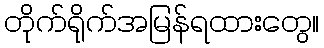
တိုက်ရိုက်အမြန်ရထားတွေ။